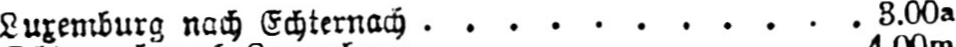
Luxemburg nach Echternach ........... 3.00a